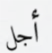
أجل